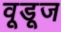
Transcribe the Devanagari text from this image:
वूडूज